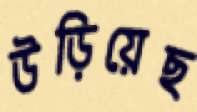
উড়িয়েছ